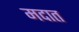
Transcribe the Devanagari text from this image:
मदात